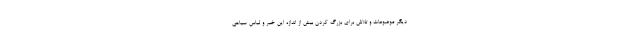
دیگر موضوعات و تلاش برای بزرگ کردن بیش از اندازه این خبر و لباس سیاهی